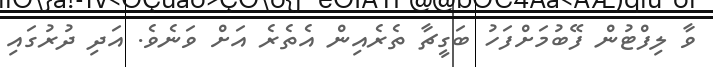
ވާ ލިފްޓުން ފޭބުމަށްފަހު ބަގީޗާ ތެރެއިން އެތެރެ އަށް ވަނެވެ. އަދި ދުރުގައި